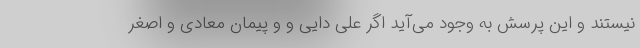
نیستند و این پرسش به وجود می‌آید اگر علی دایی و و پیمان معادی و اصغر